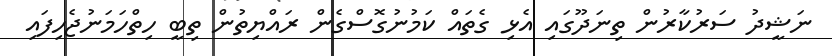
ނަޝީދު ސަރުކާރުން ތިނަދޫގައި އެޅި ގެތައް ކަމުނުގޮސްގެން ރައްޔިތުން ތިބީ ހިތްހަމަނުޖެހިފައި